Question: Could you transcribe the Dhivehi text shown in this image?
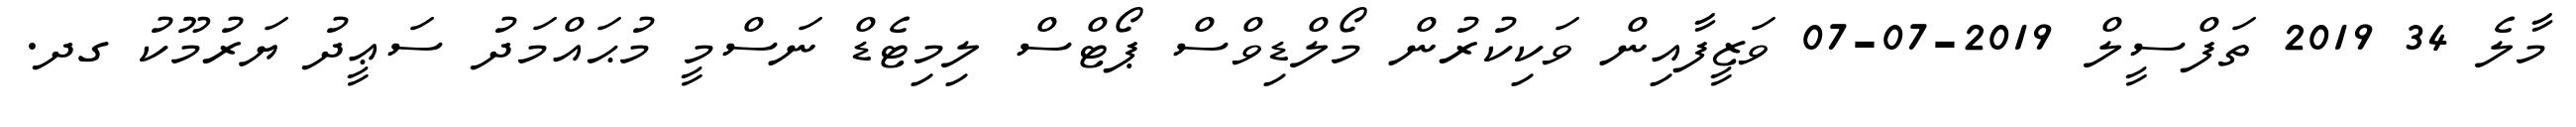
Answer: މާލެ 34 2019 ތަފްސީލް 2019-07-07 ވަޒީފާއިން ވަކިކުރުން މޯލްޑިވްސް ޕޯޓްސް ލިމިޓެޑް ނަސްމީ މުޙައްމަދު ސަޢީދު ޔަރުމޫކު ގދ.